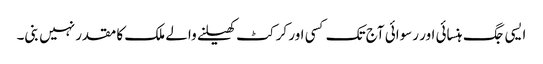
ایسی جگ ہنسائی اور رسوائی آج تک کسی اور کرکٹ کھیلنے والے ملک کا مقدر نہیں بنی۔